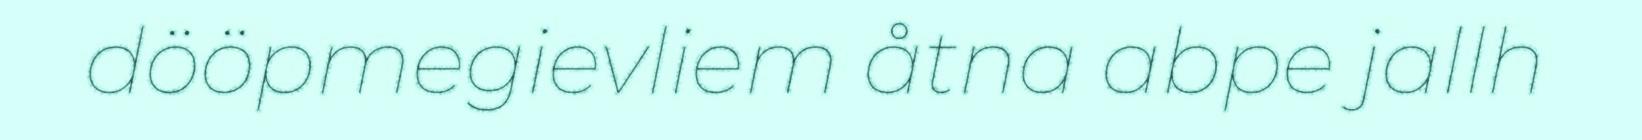
dööpmegievliem åtna abpe jallh